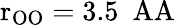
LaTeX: \mathrm{r_{OO}=3.5~\ AA}